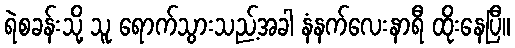
ရဲစခန်းသို့ သူ ရောက်သွားသည့်အခါ နံနက်လေးနာရီ ထိုးနေပြီ။